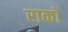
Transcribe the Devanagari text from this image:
राकॉ